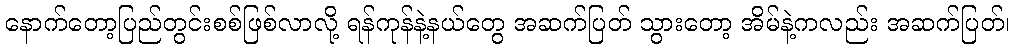
နောက်တော့ပြည်တွင်းစစ်ဖြစ်လာလို့ ရန်ကုန်နဲ့နယ်တွေ အဆက်ပြတ် သွားတော့ အိမ်နဲ့ကလည်း အဆက်ပြတ်၊